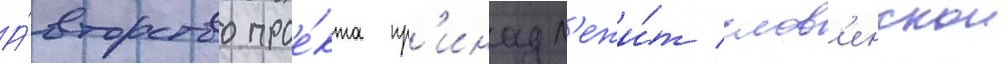
А́вторство прое́кта пр'инадл'ежи́т слов'енскои